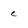
Character: e